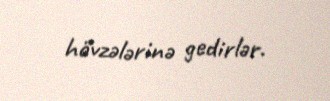
hövzələrinə gedirlər.